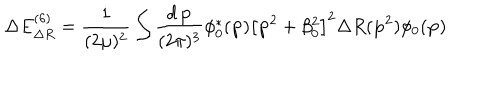
LaTeX: \Delta E _ { \Delta R } ^ { ( 6 ) } = \frac 1 { ( 2 \mu ) ^ { 2 } } \int \frac { d \, { \bf p } } { ( 2 \pi ) ^ { 3 } } \phi _ { 0 } ^ { * } ( { \bf p } ) \left[ { \bf p } ^ { 2 } + \beta _ { 0 } ^ { 2 } \right] ^ { 2 } \Delta R ( { \bf p } ^ { 2 } ) \phi _ { 0 } ( { \bf p } )